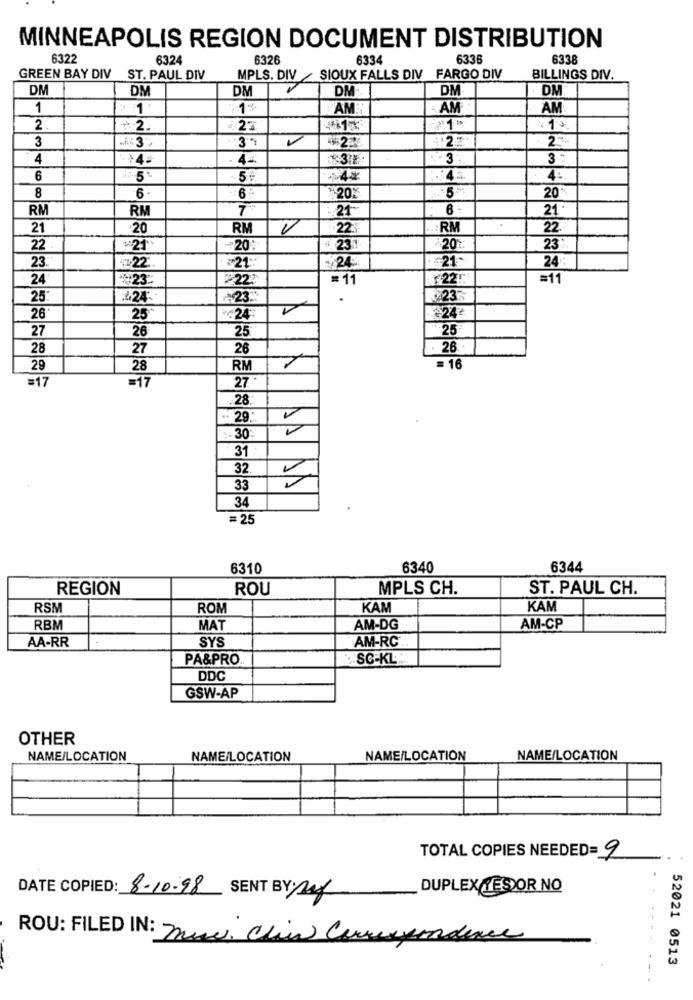
MINNEAPOLIS REGION DOCUMENT DISTRIBUTION
6322
6324
6326
6334
6336
6338
GREEN BAY DIV
ST. PAUL DIV
MPLS. DIV SIOUX FALLS DIV FARGO DIV
BILLINGS DIV.
DM
DM
DM
DM:
DM
DN
1
N
1%
AM.
AM
AM
2
₹27
413
3
39
3
4
3 :
6
5.
8
6
20"
6
¥:20%
RM
RM
7.
6
21
21
21
20
RM
22%
RM
22.
22
₹20:
# 231
20
23
=21.
24
¥21-
24 :
24
23"
22.
= 11
=11
25
.424-
~23.
.
23~
DX
¥24.
26
25
.24:
27
26
25
25
28
27
26
: 26
29
28
RM
= 16
=17
27
=17
.28
.. 29.".
.. 30
31
32
33
34
=25
6310
6340
6344
REGION
ROU
MPLS CH.
ST. PAUL CH.
RSM
ROM
KAM
KAM
RBM
MAT
AM-DG
AM-CP
AA-RR
AM-RC
SYS
PA&PRO
SC-KL
DDC
GSW-AP
OTHER
NAME/LOCATION
NAME/LOCATION
NAME/LOCATION
NAME/LOCATION
TOTAL COPIES NEEDED= 9
DUPLEX ES OR NO
DATE COPIED: 8-10.98 SENT BY: 2
ROU: FILED IN: min Chin Correspondence
52021 0513